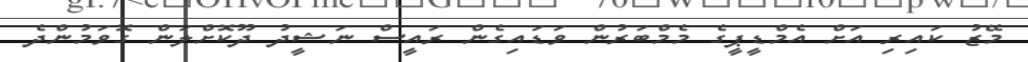
މޭޒު ކައިރި އަށް އެމްޑީޕީގެ މެމްބަރުން ވަޑައިގެން ރައީސް ނަޝީދު ދޫކޮށްލަން ގޮވަމުންދެ